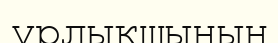
ұрлықшының